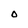
Character: O